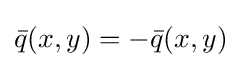
{\bar {q}}(x,y)=-{\bar {q}}(x,y)